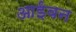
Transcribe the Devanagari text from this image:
आईवन